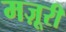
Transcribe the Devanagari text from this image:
मज़ूरी